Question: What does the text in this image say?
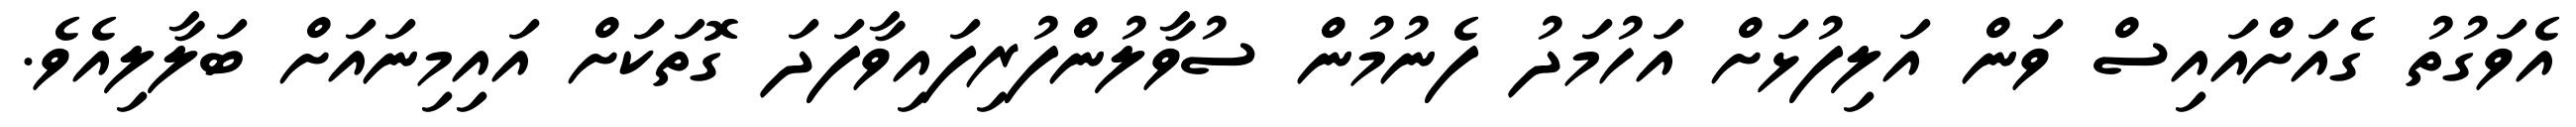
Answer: އެވަގުތު ގެއަށްއައިސް ވަން އަލިފުޅަށް އަހުމަދު ފެނުމުން ސުވާލުންފުރިފައިވާފަދަ ގޮތަކަށް އައިމިނައަށް ބަލާލިއެވެ.